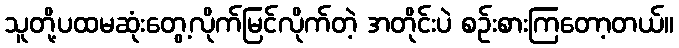
သူတို့ပထမဆုံးတွေ့လိုက်မြင်လိုက်တဲ့ အတိုင်းပဲ စဉ်းစားကြတော့တယ်။